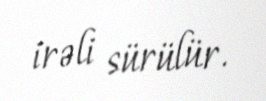
irəli sürülür.